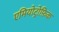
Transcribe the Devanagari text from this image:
एमियोट्रोफ़िक